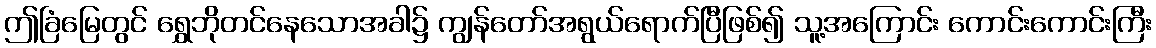
ဤခြံမြေတွင် ရွှေဘိုတင်နေသောအခါ၌ ကျွန်တော်အရွယ်ရောက်ပြီဖြစ်၍ သူ့အကြောင်း ကောင်းကောင်းကြီး